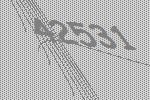
42531